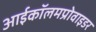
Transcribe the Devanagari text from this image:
आईकॉलमप्रोवाइडर